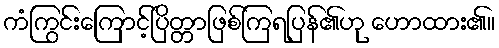
ကံကြွင်းကြောင့်ပြိတ္တာဖြစ်ကြရပြန်၏ဟု ဟောထား၏။